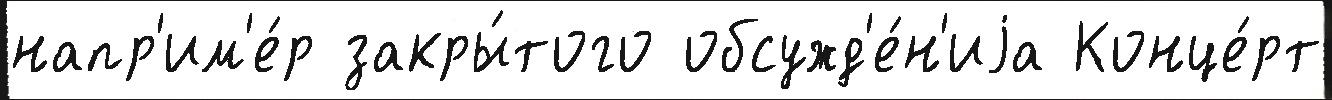
напр'им'е́р закры́того обсужд'е́н'иjа Конце́рт